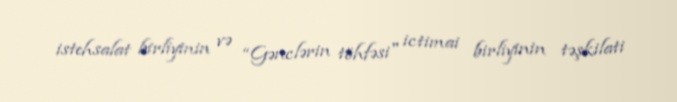
istehsalat birliyinin və “Gənclərin töhfəsi" ictimai birliyinin təşkilati